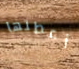
أعطتها